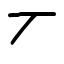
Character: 丆